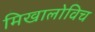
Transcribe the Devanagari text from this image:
मिखालोविच